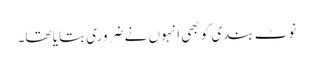
نوٹ بندی کو بھی انہوں نے ضروری بتایا تھا۔